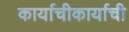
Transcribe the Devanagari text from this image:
कार्याचीकार्याची